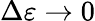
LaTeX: \Delta\varepsilon\to 0